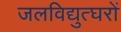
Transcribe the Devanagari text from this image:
जलविद्युत्घरों